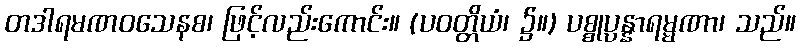
တဒါရမဏဝသေနစ၊ ဖြင့်လည်းကောင်း။ (ပဝတ္တိယံ၊ ၌။) ပစ္စုပ္ပန္နာရမ္မဏာ၊ သည်။